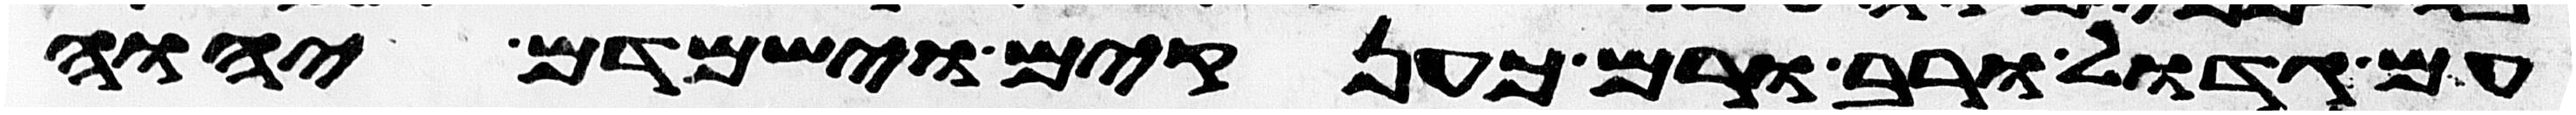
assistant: עם גדול ורב ורם כענקים וישמדם יהוה